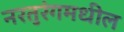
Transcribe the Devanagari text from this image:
नरतुरंगमधील